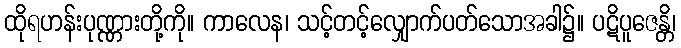
ထိုရဟန်းပုဏ္ဏားတို့ကို။ ကာလေန၊ သင့်တင့်လျှောက်ပတ်သောအခါ၌။ ပဋိပူဇေန္တိ၊